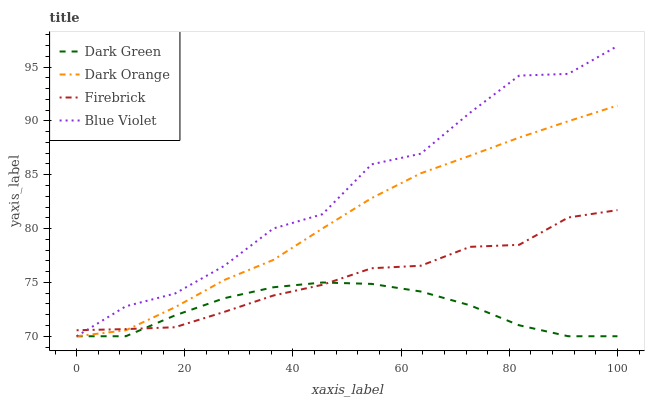
| xaxis_label | Dark Green | Dark Orange | Firebrick | Blue Violet |
 | --- | --- | --- | --- | --- |
 | 0 | 70 | 70 | 70.6 | 70 |
 | 9.09 | 70 | 70.6 | 70.7 | 72.8 |
 | 18.2 | 71.9 | 72.7 | 70.8 | 74 |
 | 27.3 | 73.5 | 75.2 | 72.3 | 76.5 |
 | 36.4 | 74.5 | 77.1 | 73.8 | 80 |
 | 45.5 | 75 | 80 | 74.8 | 81.3 |
 | 54.5 | 74.9 | 82.8 | 76.3 | 86 |
 | 63.6 | 74.2 | 85.1 | 76.5 | 87 |
 | 72.7 | 72.9 | 86.8 | 78.3 | 90.8 |
 | 81.8 | 71 | 88.5 | 78.5 | 94.2 |
 | 90.9 | 70 | 90 | 81 | 94.4 |
 | 100 | 70 | 91.4 | 81.7 | 97 |